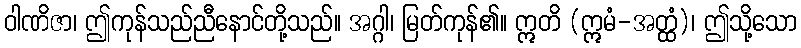
ဝါဏိဇာ၊ ဤကုန်သည်ညီနောင်တို့သည်။ အဂ္ဂါ၊ မြတ်ကုန်၏။ ဣတိ (ဣမံ-အတ္ထံ)၊ ဤသို့သော